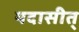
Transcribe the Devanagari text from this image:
यदासीत्